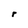
Character: r